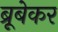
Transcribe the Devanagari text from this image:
ब्रूबेकर